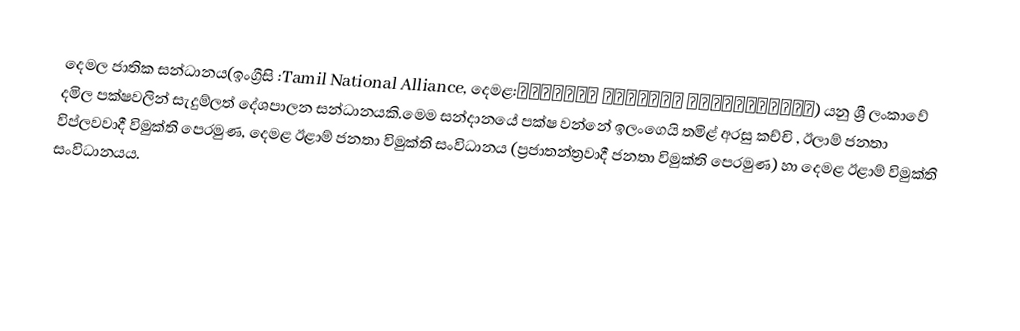
දෙමල ජාතික සන්ධානය(ඉංග්‍රීසි :Tamil National Alliance, දෙමළ:தமிழ்த் தேசியக் கூட்டமைப்பு) යනු ශ්‍රී ලංකාවේ දමිල පක්ෂවලින් සැදුම්ලත් දේශපාලන සන්ධානයකි.මෙම සන්දානයේ පක්ෂ වන්නේ ඉලංගෙයි තමිළ් අරසු කච්චි , ඊලාම් ජනතා විප්ලවවාදී විමුක්ති පෙරමුණ, දෙමළ ඊළාම් ජනතා විමුක්ති සංවිධානය (ප්‍රජාතන්ත්‍රවාදී ජනතා විමුක්ති පෙරමුණ) හා  දෙමළ ඊළාම් විමුක්ති සංවිධානයය.